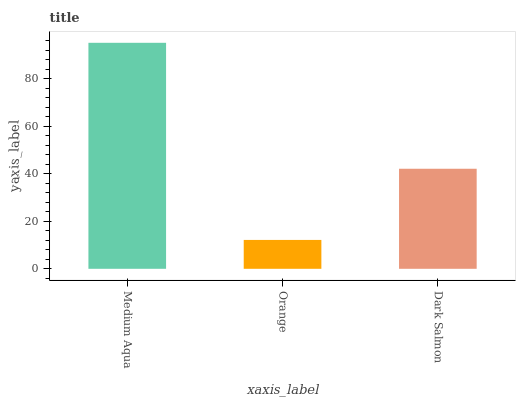
| xaxis_label | bars |
 | --- | --- |
 | Medium Aqua | 95.1 |
 | Orange | 12.1 |
 | Dark Salmon | 42.1 |